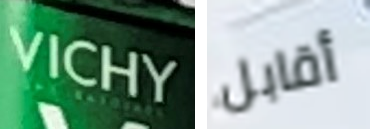
VICHY أقابل